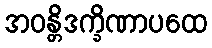
အဝန္တိဒက္ခိဏာပထေ